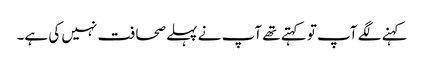
کہنے لگے آپ تو کہتے تھے آپ نے پہلے صحافت نہیں کی ہے۔